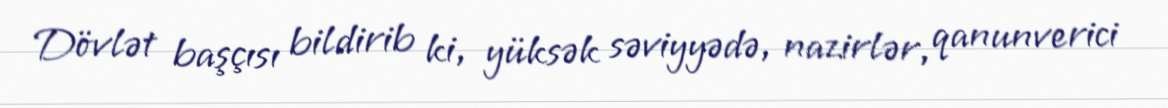
Dövlət başçısı bildirib ki, yüksək səviyyədə, nazirlər, qanunverici